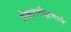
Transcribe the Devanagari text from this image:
लेखापरीक्षणाचे